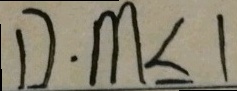
D \cdot m \leq 1